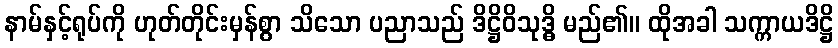
နာမ်နှင့်ရုပ်ကို ဟုတ်တိုင်းမှန်စွာ သိသော ပညာသည် ဒိဋ္ဌိဝိသုဒ္ဓိ မည်၏။ ထိုအခါ သက္ကာယဒိဋ္ဌိ